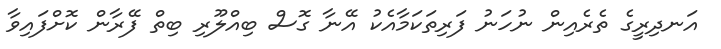
އަނދިރީގެ ތެރެއިން ނުހަނު ފަރިތަކަމާއެކު އޭނާ ގޮސް ބިއްލޫރި ބިތް ފޭރާން ކޮށްފައިވާ